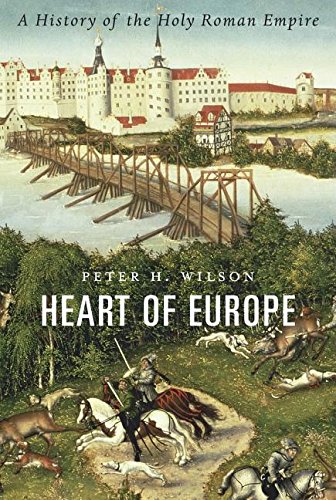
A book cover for Heart of Europe: A History of the Holy Roman Empire; Peter H. Wilson; History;